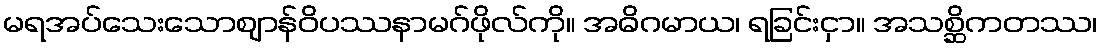
မရအပ်သေးသောဈာန်ဝိပဿနာမဂ်ဖိုလ်ကို။ အဓိဂမာယ၊ ရခြင်းငှာ။ အသစ္ဆိကတဿ၊